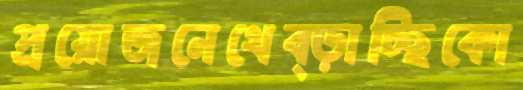
প্রয়োজনেথেব্‌ড়াচ্ছিকো